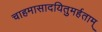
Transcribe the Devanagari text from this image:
चाहमासादयितुमर्हताम्‌